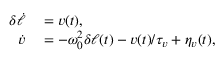
\begin{array} { r l } { \delta \dot { \ell } } & { { } = v ( t ) , } \\ { \dot { v } } & { { } = - \omega _ { 0 } ^ { 2 } \delta \ell ( t ) - v ( t ) / \tau _ { v } + \eta _ { v } ( t ) , } \end{array}